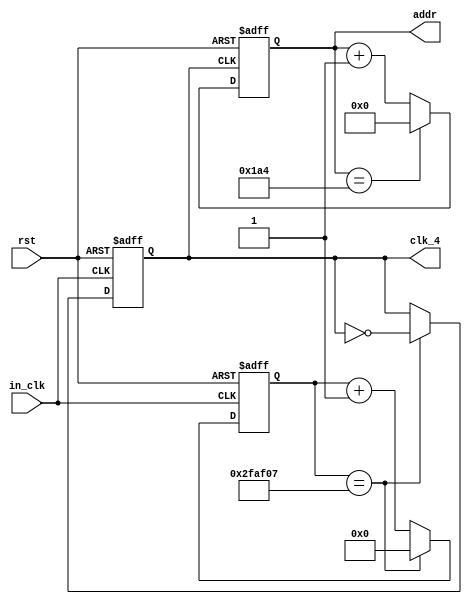
module div(in_clk,rst,clk_4,addr);
input in_clk,rst;
output reg [9:0]addr;
output reg clk_4;
reg [31:0] count_4;

always@(posedge in_clk or negedge rst)
	begin
	if(!rst)
		begin
		clk_4<=1'b0;
		count_4<=32'b0;
		end
	else if(count_4==50000000/(8*2)-1)
		begin
		clk_4<=~clk_4;
		count_4<=32'd0;
		end
	else count_4<=count_4+32'd1;
	end

always@(posedge clk_4 or negedge rst)
	begin
	if(!rst) addr<=9'd0;
	else if(addr==9'd420) addr<=9'd0;
	else addr<=addr+9'd1;
	end
endmodule